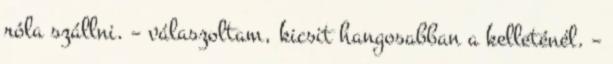
róla szállni. – válaszoltam, kicsit hangosabban a kelleténél. –